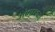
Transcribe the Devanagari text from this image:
आगरहको